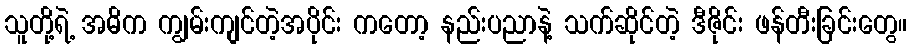
သူတို့ရဲ့ အဓိက ကျွမ်းကျင်တဲ့အပိုင်း ကတော့ နည်းပညာနဲ့ သက်ဆိုင်တဲ့ ဒီဇိုင်း ဖန်တီးခြင်းတွေ။